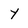
Character: Y